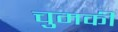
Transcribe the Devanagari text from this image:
चुमकी